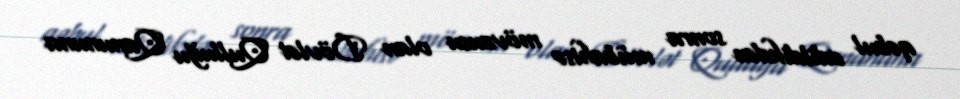
qəbul edildikdən sonra mübahisə mövzusu olan Dövlət Qulluğu Qanununa